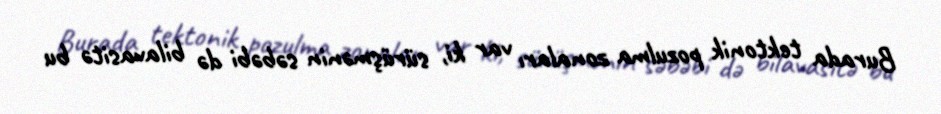
Burada tektonik pozulma zonaları var ki, sürüşmənin səbəbi də bilavasitə bu